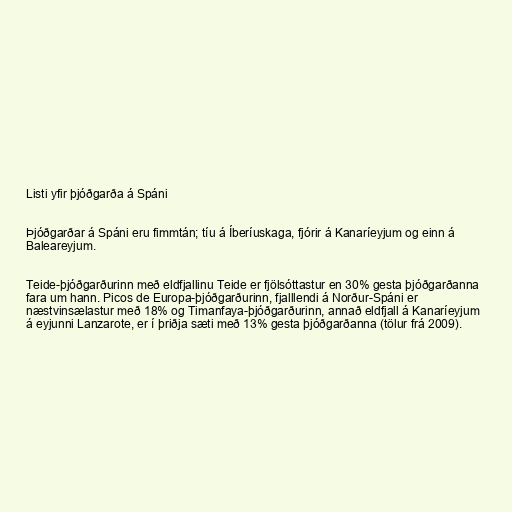
Listi yfir þjóðgarða á Spáni

Þjóðgarðar á Spáni eru fimmtán; tíu á Íberíuskaga, fjórir á Kanaríeyjum og einn á
Baleareyjum.

Teide-þjóðgarðurinn með eldfjallinu Teide er fjölsóttastur en 30% gesta þjóðgarðanna
fara um hann. Picos de Europa-þjóðgarðurinn, fjalllendi á Norður-Spáni er
næstvinsælastur með 18% og Timanfaya-þjóðgarðurinn, annað eldfjall á Kanaríeyjum
á eyjunni Lanzarote, er í þriðja sæti með 13% gesta þjóðgarðanna (tölur frá 2009).